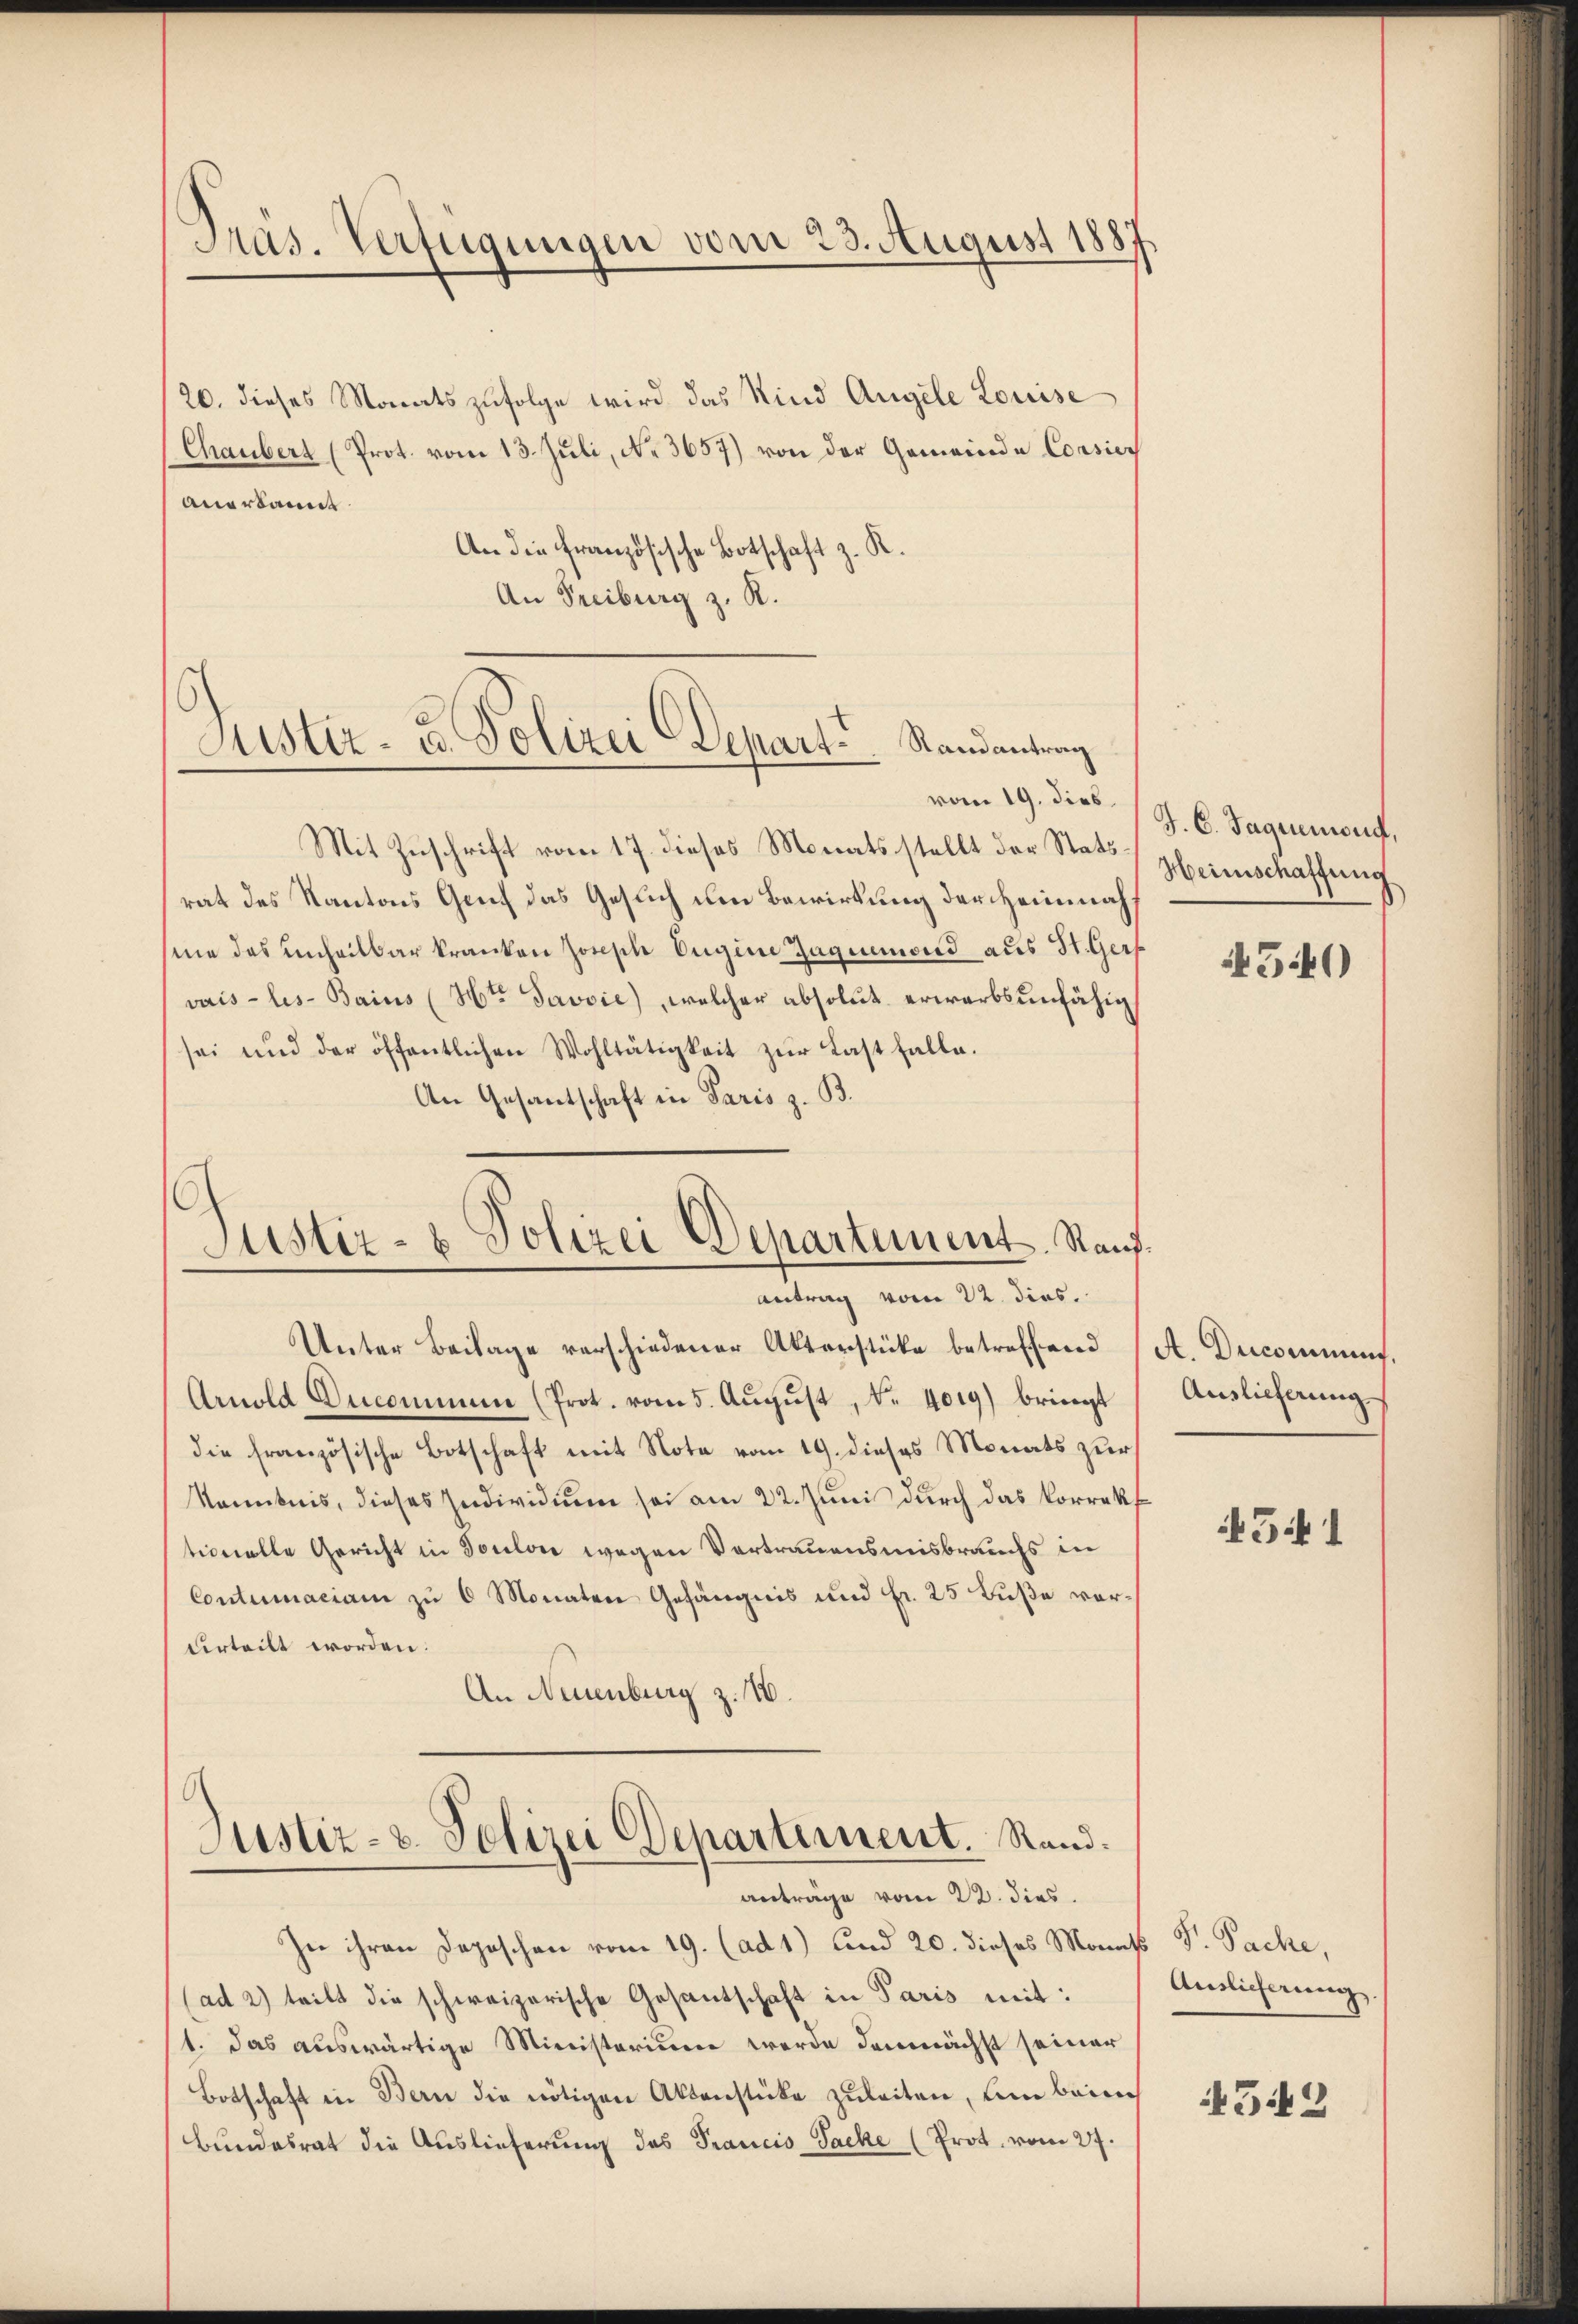
Mas. Verfügungen vom 23. August 1887

20. dieses Monats zufolge wird das Kind Angele Louise
(Chaubert (Prot. vom 13. Juli, No 3657) von der Gemeinde Corsieanerkannt.
An die Französische Botschaft z. R.
An Freiburg z. R.

Zustiz- u. Polizei Depart . . . . Randantrag
vom 19. dies

Mit Zuschrift vom 17. dieses Monats stellt der Stattrat des Kantons Genf das Gesuch um Bewirkung der Heimnah
me das unheilbar kranken Joseph Eugine Zagueid aus St. Gers
vais les-Bains (Htr Javvie), welcher absolut erwarbsunfähig
sei und der öffentlichen Wohltätigkeit zŭr Last falle.
An Gesandschaft in Paris z. B.
G
Justiz- & Polizei Departement. Stand.

Antrag vom 22. dies.
Unter Beilage verschiedener Akterstüke betreffend (A. Decommuns.

Arnold Ducommen (Prot. vom 5. Aŭgŭst No. 4019) bringt
die französische Botschaft mit Nota vom 19. dieses Monats zur
kanntnis, dieses Individuum sei am 22. Juni durch das Korrekt
tionalle Gericht in Toulon wegen Vertrauensmisbrauchs in
Contumaciam zu 6 Monaten Gefängnis und Fr. 25 Fuße vorvrteilt worden.
An Neuenburg z. 16.

Justiz- & Polizei Departement. Rand.
anträge vom 22. dies

In ihren Depeschen vom 19. (ad 1) und 20. dieses Monats P. Pache,
(ad 2) teilt die schweizerische Gesantschaft in Paris mit:
1. das auswärtige Ministerium werde demnächst seiner
Botschaft in Bern die nötigen Aktenstücke zuleiten, um bring
Bundesrat die Auslieferung des Prancis Sache (Prot. vom 27.

J. C. Saguenius,
Heimschaffung

540)

Auslieferung

541

Anslicherung.

342